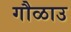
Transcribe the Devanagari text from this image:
गौळाउ